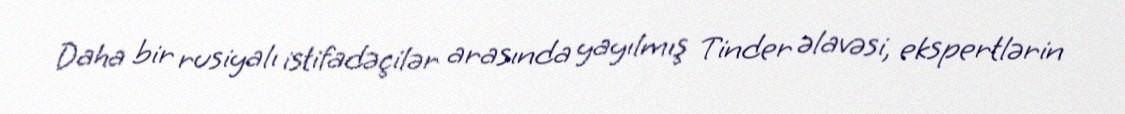
Daha bir rusiyalı istifadəçilər arasında yayılmış Tinder əlavəsi, ekspertlərin